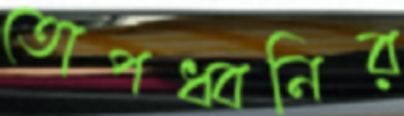
তোপধ্বনির